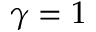
\gamma = 1